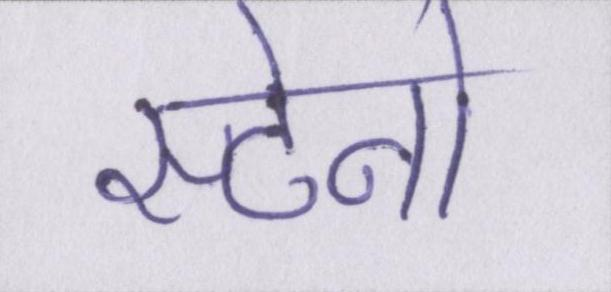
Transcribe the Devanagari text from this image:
स्टेनो